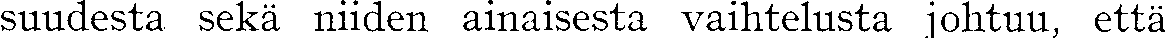
suudesta sekä niiden ainaisesta vaihtelusta johtuu, että